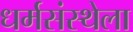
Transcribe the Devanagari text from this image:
धर्मसंस्थेला